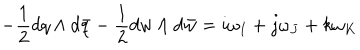
LaTeX: - { \frac { 1 } { 2 } } d q \wedge d \bar { q } - { \frac { 1 } { 2 } } d w \wedge d \bar { w } = i \omega _ { I } + j \omega _ { J } + k \omega _ { K }